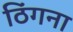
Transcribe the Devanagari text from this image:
ठिंगना